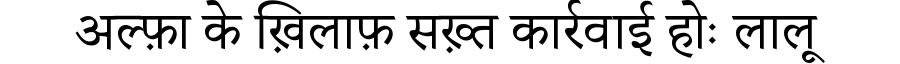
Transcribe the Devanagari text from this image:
अल्फ़ा के ख़िलाफ़ सख़्त कार्रवाई होः लालू